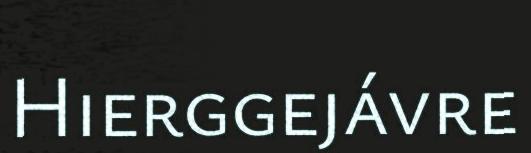
Hierggejávre